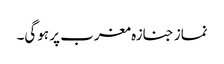
نماز جنازہ مغرب پر ہوگی۔